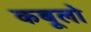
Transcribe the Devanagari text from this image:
कबूलो